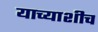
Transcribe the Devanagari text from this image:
याच्याशीच